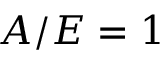
A / E = 1